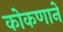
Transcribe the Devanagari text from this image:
कोकणाने